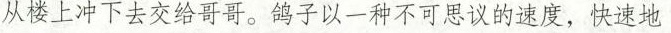
从楼上冲下去交给哥哥。鸽子以一种不可思议的速度，快速地